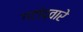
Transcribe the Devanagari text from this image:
गटांद्वारे